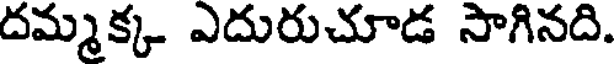
దమ్మక్క ఎదురుచూడ సాగినది.